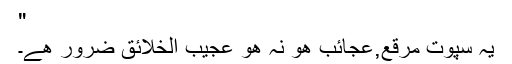
"
یہ سپوت مرقع,عجائب ھو نہ ھو عجیب الخلائق ضرور ھے۔